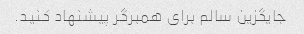
جایگزین سالم برای همبرگر پیشنهاد کنید.